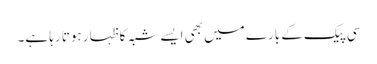
سی پیک کے بارے میں بھی ایسے شبہ کا ظہار ہوتا رہا ہے۔